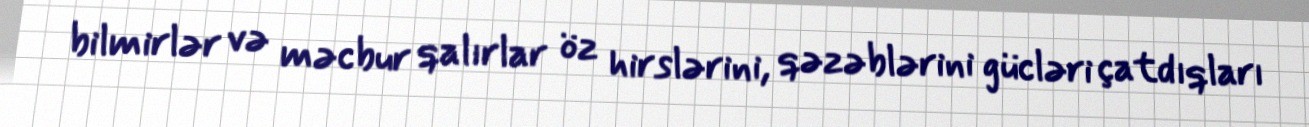
bilmirlər və məcbur qalırlar öz hirslərini, qəzəblərini gücləri çatdıqları